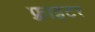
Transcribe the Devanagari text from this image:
फ़्राइटर